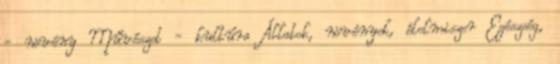
- növény Művészet - kultúra Állatok, növények, élelmiszer Egészség,